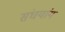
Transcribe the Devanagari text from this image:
संघयांग